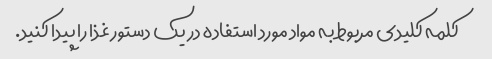
کلمه کلیدی مربوط به مواد مورد استفاده در یک دستور غذا را پیدا کنید.